Report of the Indian Hemp Drugs Commission, 1894-1895 - Volume IV
Year: 1894
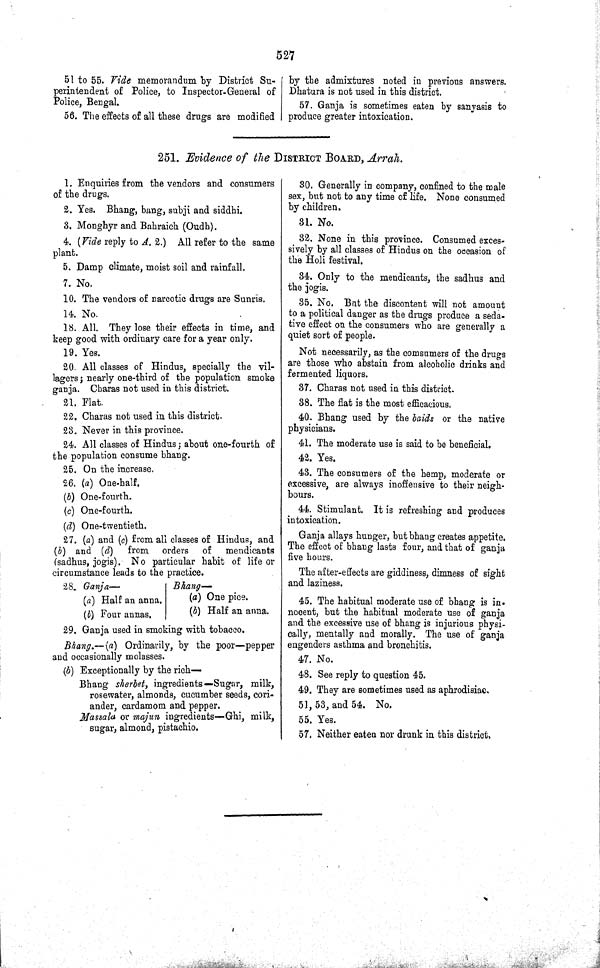
527
51 to 55. Vide memorandum by District Su-
perintendent of Police, to Inspector-General of
Police, Bengal.
56. The effects of all these drugs are modified
by the admixtures noted in previous answers.
Dhatura is not used in this district.
57. Ganja is sometimes eaten by sanyasis to
produce greater intoxication.
251. Evidence of the DISTRICT BOARD, Arrah.
1. Enquiries from the vendors and consumers
of the drugs.
2. Yes. Bhang, bang, subji and siddhi.
3. Monghyr and Bahraich (Oudh).
4. (Vide reply to A. 2.) All refer to the same
plant.
5. Damp climate, moist soil and rainfall.
7. No.
10. The vendors of narcotic drugs are Sunris.
14. No.
18. All. They lose their effects in time, and
keep good with ordinary care for a year only.
19. Yes.
20.. All classes of Hindus, specially the vil-
lagers; nearly one-third of the population smoke
ganja. Charas not used in this district.
21. Flat.
22. Charas not used in this district.
23. Never in this province.
24. All classes of Hindus; about one-fourth of
the population consume bhang.
25. On the increase.
26. (a) One-half.
(b) One-fourth.
(c) One-fourth.
(d) One-twentieth.
27. (a) and (c) from all classes of Hindus, and
(b) and (d)
from
orders of
mendicants
(sadhus, jogis). No particular habit of life or
circumstance leads to the practice.
28. Ganja—
Bhang—
(a) Half an anna.
(a) One pice.
(b) Four annas.
(b) Half an anna.
29. Ganja used in smoking with tobacco.
Bhang.—(a) Ordinarily, by the poor—pepper
and occasionally molasses.
(b) Exceptionally by the rich-
Bhang sherbet, ingredients—Sugar, milk,
rosewater, almonds, cucumber seeds, cori-
ander, cardamom and pepper.
Massala or majun ingredients—Ghi, milk,
sugar, almond, pistachio.
30. Generally in company, confined to the male
sex, but not to any time of life. None consumed
by children.
31. No.
32. None in this province. Consumed exces-
sively by all classes of Hindus on the occasion of
the Holi festival.
34. Only to the mendicants, the sadhus and
the jogis.
35. No. But the discontent will not amount
to a political danger as the drugs produce a seda-
tive effect on the consumers who are generally a
quiet sort of people.
Not necessarily, as the comsumers of the drugs
are those who abstain from alcoholic drinks and
fermented liquors.
37. Charas not used in this district.
38. The flat is the most efficacious.
40. Bhang used by the baids or the native
physicians.
41. The moderate use is said to be beneficial.
42. Yes.
43. The consumers of the hemp, moderate or
excessive, are always inoffensive to their neigh-
bours.
44. Stimulant. It is refreshing and produces
intoxication.
Ganja allays hunger, but bhang creates appetite.
The effect of bhang lasts four, and that of ganja
five hours.
The after-effects are giddiness, dimness of sight
and laziness.
45. The habitual moderate use of bhang is in-
nocent, but the habitual moderate use of ganja
and the excessive use of bhang is injurious physi-
cally, mentally and morally. The use of ganja
engenders asthma and bronchitis.
47. No.
48. See reply to question 45.
49. They are sometimes used as aphrodisiac,
51, 53, and 54. No.
55. Yes.
57. Neither eaten nor drunk in this district.